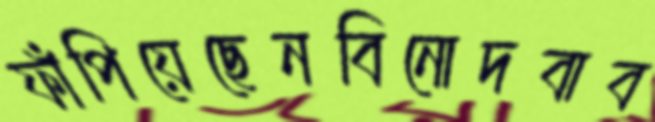
ফাঁপিয়েছেনবিনোদবাব